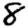
Digit: 8